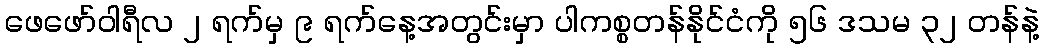
ဖေဖော်ဝါရီလ ၂ ရက်မှ ၉ ရက်နေ့အတွင်းမှာ ပါကစ္စတန်နိုင်ငံကို ၅၆ ဒသမ ၃၂ တန်နဲ့